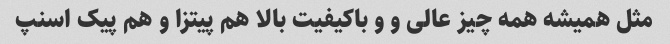
مثل همیشه همه چیز عالی و و باکیفیت بالا هم پیتزا و هم پیک اسنپ